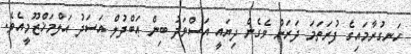
ހަނގުރާމައިގެ ފުރަތަމަ ދަރަށް ވެގެން ދިޔައީ އަސްވަދު ބިން ޢަބްދުލް އަސަދު އަލްމަޚްޒޫމީއެވެ.